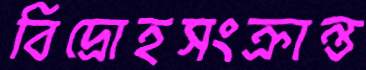
বিদ্রোহসংক্রান্ত